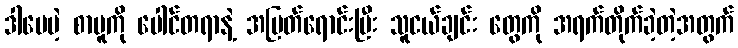
ဒါပေမဲ့ စာမူကို ပေါင်တရာနဲ့ အပြတ်ရောင်းပြီး သူငယ်ချင်း တွေကို အရက်တိုက်ခဲ့တဲ့အတွက်